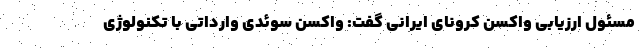
مسئول ارزیابی واکسن کرونای ایرانی گفت: واکسن سوئدی وارداتی با تکنولوژی